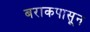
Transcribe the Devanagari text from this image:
बराकपासून